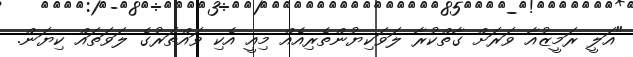
"އަލީ ރަމީޒުއާ ވަރަށް ގާތްކުރާ ލަވަކިޔުންތެރިއެއް މިއީ އެކި ވައްތަރުގެ ލަވަތައް ކިޔަން.